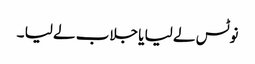
نوٹس لے لیا یا جلاب لے لیا ۔